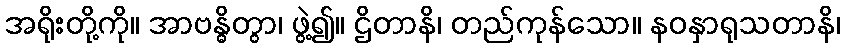
အရိုးတို့ကို။ အာဗန္ဓိတွာ၊ ဖွဲ့၍။ ဌိတာနိ၊ တည်ကုန်သော။ နဝနှာရုသတာနိ၊